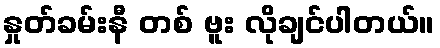
နှုတ်ခမ်းနီ တစ် ဗူး လိုချင်ပါတယ်။